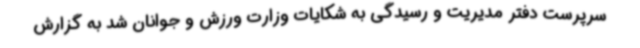
سرپرست دفتر مدیریت و رسیدگی به شکایات وزارت ورزش و جوانان شد به گزارش